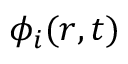
\phi _ { i } ( \boldsymbol { r } , t )